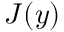
J ( \boldsymbol { y } )